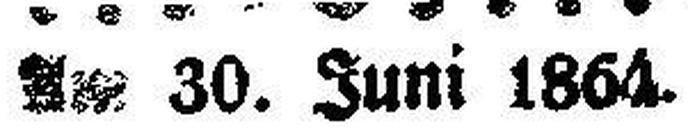
Am 30. Juni 1864